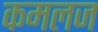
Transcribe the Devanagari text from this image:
कमलज